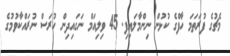
މެޗުގެ ފުރަތަމަ ހާފްގެ ކުޅުން ނިންމާލައިފި. 45 ވިލިއަމް ނަގައިދިން ހުރަސް ނުރައްކާވުމުގެ